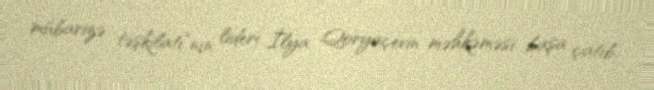
mübarizə təşkilatı”nın lideri İlya Qoryaçevin məhkəməsi başa çatıb.